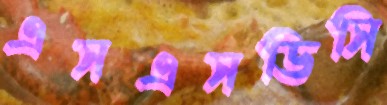
এসএসডিসি